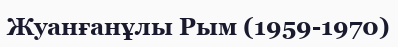
Жуанғанұлы Рым (1959-1970)